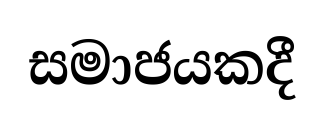
සමාජයකදී